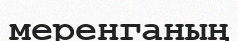
меренганың